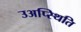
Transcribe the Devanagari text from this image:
उअप्स्थिति